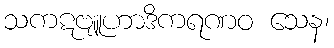
သကဋဗျူဟာဒိကရဏဝ သေန၊